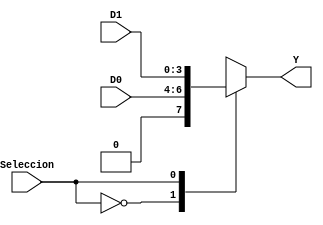
`timescale 1ns / 1ps
//////////////////////////////////////////////////////////////////////////////////
// Company: I.T.C.R
// 
// Design Name: 
// Module Name:    Mux_2x1 
// Project Name: 
// Target Devices: 
// Tool versions: 
// Description: 
//
// Dependencies: 
//
// Revision: 
// Revision 0.01 - File Created
// Additional Comments: 
//
//////////////////////////////////////////////////////////////////////////////////
module Mux_2x1(Seleccion,D1,D0,Y);

input wire Seleccion;
input wire [3:0] D1;
input wire [2:0] D0;
output reg [3:0] Y;

always @* 

begin

case(Seleccion)

1'b0: Y <= D0;
1'b1: Y <= D1;

endcase 

end

endmodule